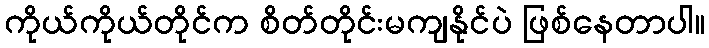
ကိုယ်ကိုယ်တိုင်က စိတ်တိုင်းမကျနိုင်ပဲ ဖြစ်နေတာပါ။